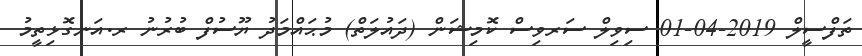
ތަފްސީލް 2019-04-01 ސިވިލް ސަރވިސް ކޮމިޝަން (ދައުލަތް) މުޙައްމަދު ޔޫސުފް ބުރުނު ރ.އަނގޮޅިތީމު